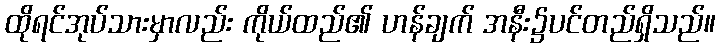
ထိုရင်အုပ်သားမှာလည်း ကိုယ်ထည်၏ ဟန်ချက် အနီး၌ပင်တည်ရှိသည်။